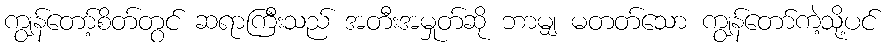
ကျွန်တော့်စိတ်တွင် ဆရာကြီးသည် အတီးအမှုတ်ဆို ဘာမျှ မတတ်သော ကျွန်တော်ကဲ့သို့ပင်